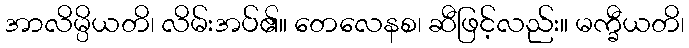
အာလိမ္ပိယတိ၊ လိမ်းအပ်၏။ တေလေနစ၊ ဆီဖြင့်လည်း။ မက္ခီယတိ၊